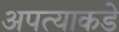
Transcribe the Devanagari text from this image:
अपत्याकडे